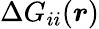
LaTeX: \Delta G_{ii}(\boldsymbol{r})